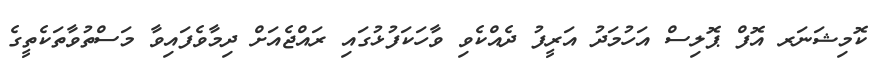
ކޮމިޝަނަރ އޮފް ޕޮލިސް އަހުމަދު އަރީފު ދެއްކެވި ވާހަކަފުޅުގައި ރައްޖެއަށް ދިމާވެފައިވާ މަސްތުވާތަކެތީގެ